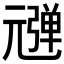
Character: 𰐠